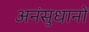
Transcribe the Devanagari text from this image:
अनंसुधानों